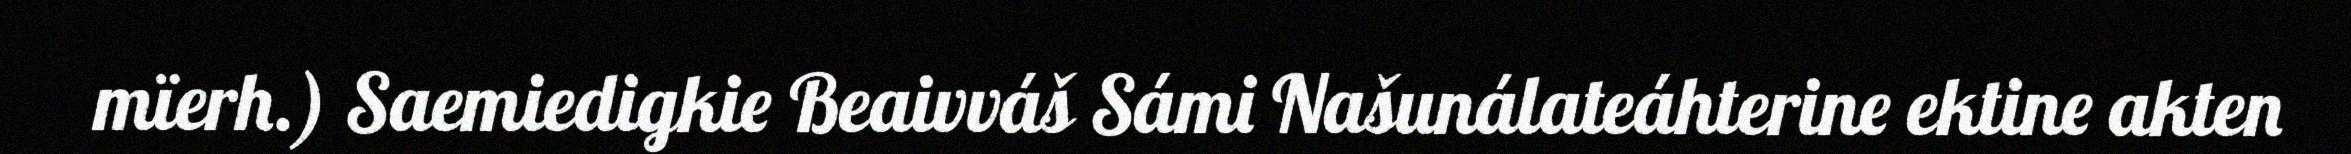
mïerh.) Saemiedigkie Beaivváš Sámi Našunálateáhterine ektine akten